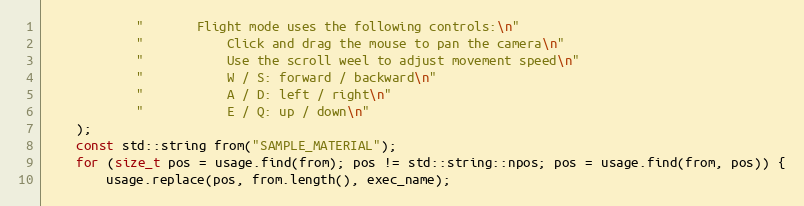
Language: C++
            "       Flight mode uses the following controls:\n"
            "           Click and drag the mouse to pan the camera\n"
            "           Use the scroll weel to adjust movement speed\n"
            "           W / S: forward / backward\n"
            "           A / D: left / right\n"
            "           E / Q: up / down\n"
    );
    const std::string from("SAMPLE_MATERIAL");
    for (size_t pos = usage.find(from); pos != std::string::npos; pos = usage.find(from, pos)) {
        usage.replace(pos, from.length(), exec_name);